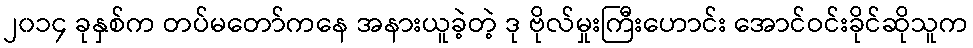
၂၀၁၄ ခုနှစ်က တပ်မတော်ကနေ အနားယူခဲ့တဲ့ ဒု ဗိုလ်မှုးကြီးဟောင်း အောင်ဝင်းခိုင်ဆိုသူက